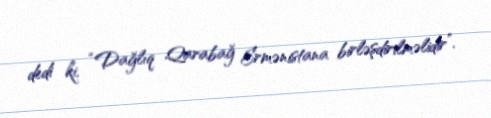
dedi ki, “Dağlıq Qarabağ Ermənistana birləşdirilməlidir”.